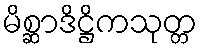
မိစ္ဆာဒိဋ္ဌိကသုတ္တ